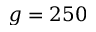
g = 2 5 0